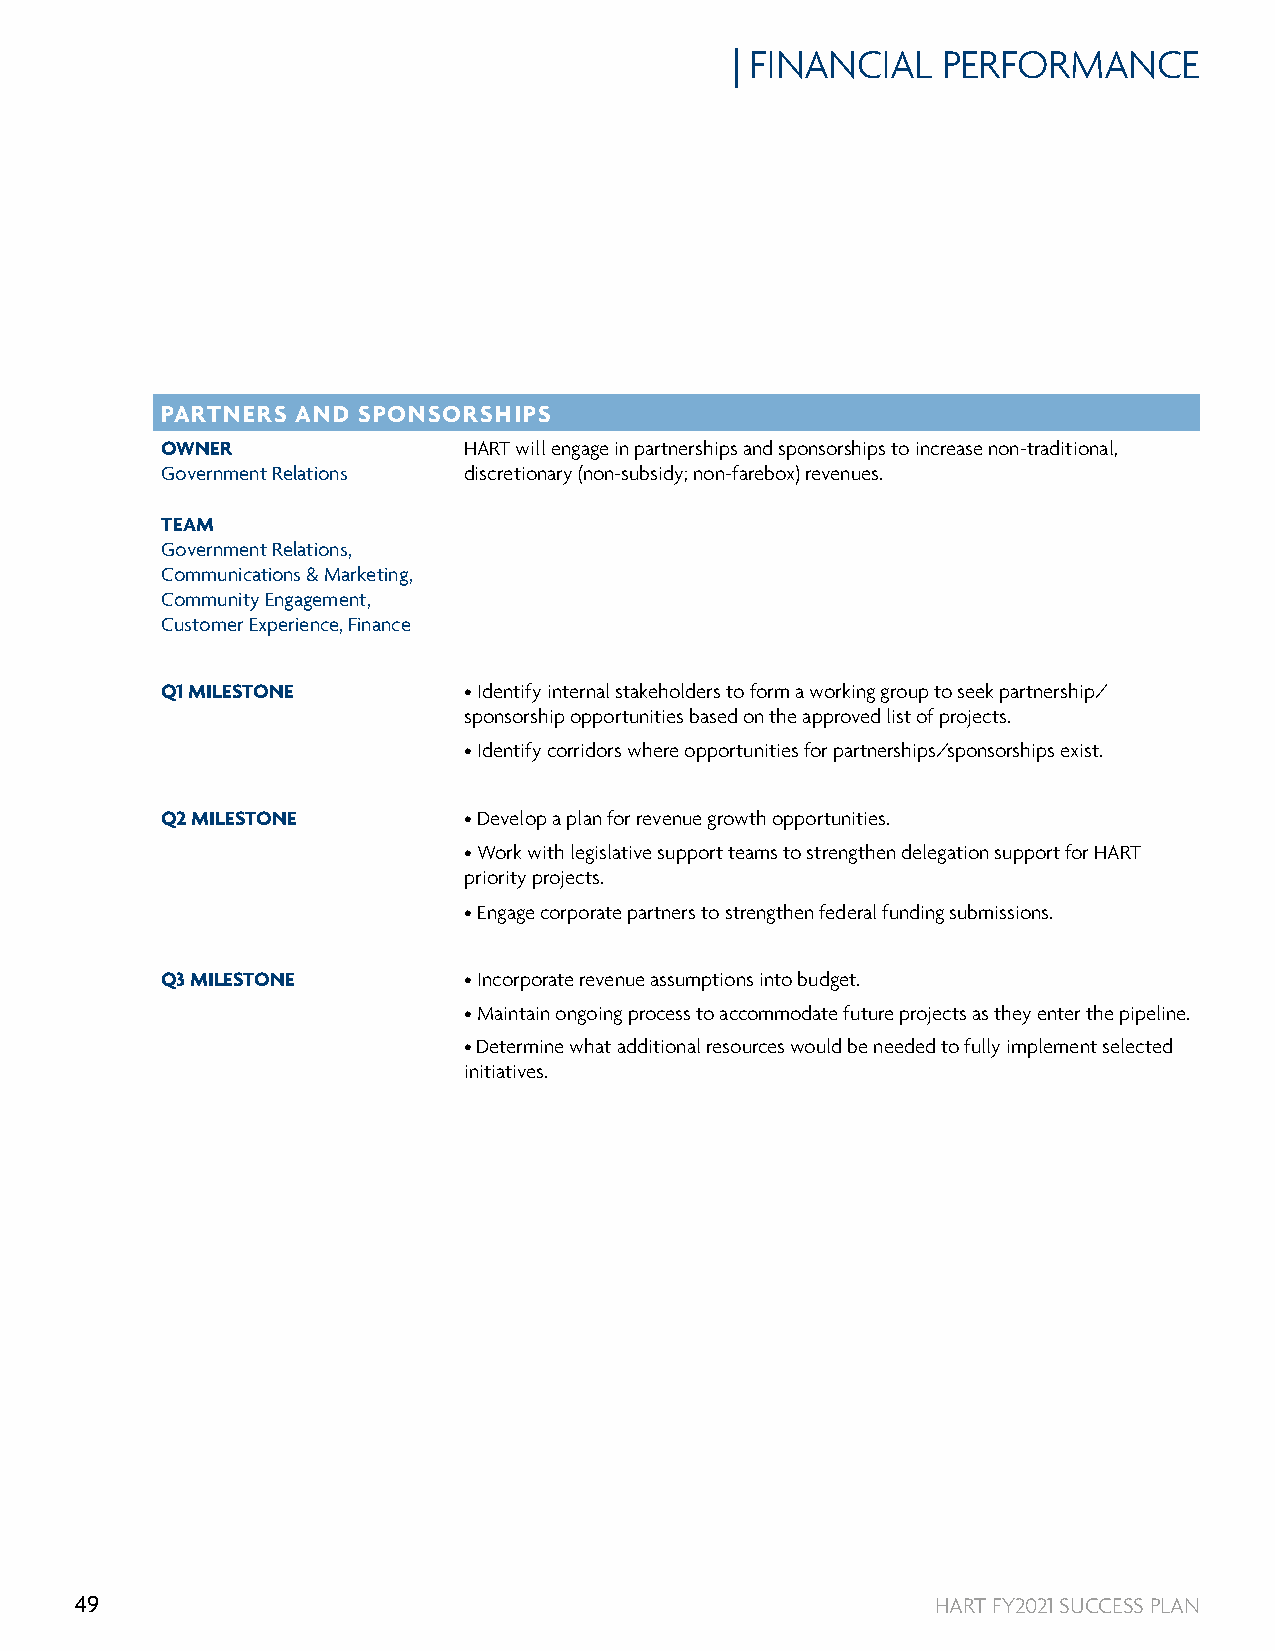
| FINANCIAL   PERFORMANCE
 PARTNERS AND SPONSORSHIPS
 OWNER               HART will engage in partnerships and sponsorships to increase non-traditional,
 Government Relations discretionary (non-subsidy; non-farebox) revenues.
 TEAM
 Government Relations,
 Communications & Marketing,
 Community Engagement,
 Customer Experience, Finance
 Q1 MILESTONE        • Identify internal stakeholders to form a working group to seek partnership/
 sponsorship opportunities based on the approved list of projects.
 • Identify corridors where opportunities for partnerships/sponsorships exist.
 Q2 MILESTONE        • Develop a plan for revenue growth opportunities.
 • Work with legislative support teams to strengthen delegation support for HART
 priority projects.
 • Engage corporate partners to strengthen federal funding submissions.
 Q3 MILESTONE        • Incorporate revenue assumptions into budget.
 • Maintain ongoing process to accommodate future projects as they enter the pipeline.
 • Determine what additional resources would be needed to fully implement selected
 initiatives.
 49                                                       HART FY2021 SUCCESS PLAN